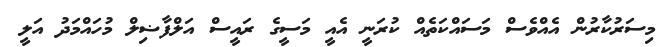
މިސަރުކާރުން އެއްވެސް މަސައްކަތެއް ކުރަނީ އެއީ މަސީގެ ރައީސް އަލްފާޟިލް މުހައްމަދު އަލީ